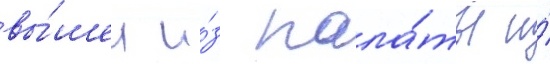
вы́шел и́з пала́ты и́